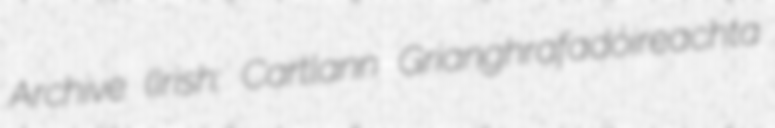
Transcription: Archive (Irish: Cartlann Grianghrafadóireachta